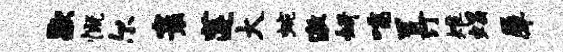
歇慨尔寰莲大蜿激妍嚅置汀雉蝎犀